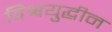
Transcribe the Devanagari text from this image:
विश्वयुद्धीन